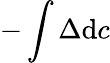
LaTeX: -\int\Delta\mathrm{d}c